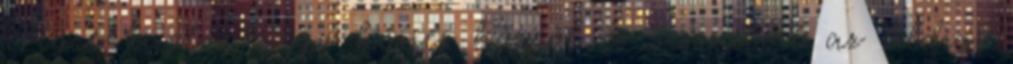
Végre kaptunk egy hősies hősnőt és visszatért az eddigi